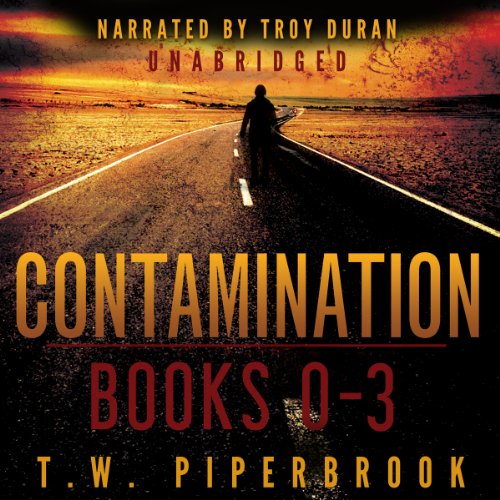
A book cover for Contamination Boxed Set: Books 0-3; T. W. Piperbrook; Science Fiction & Fantasy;